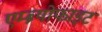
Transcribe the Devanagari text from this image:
एम्ब्र्योफाइट